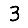
Digit: 3